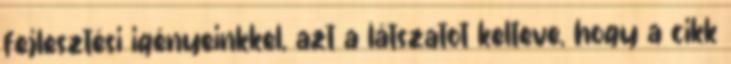
fejlesztési igényeinkkel, azt a látszatot kelteve, hogy a cikk